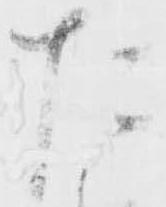
た